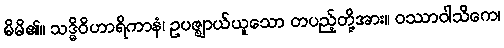
မိမိ၏။ သဒ္ဓိဝိဟာရိကာနံ၊ ဥပဇ္ဈာယ်ယူသော တပည့်တို့အား။ ဝဿာဝါသိကေ၊